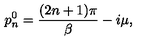
p _ { n } ^ { 0 } = \frac { ( 2 n + 1 ) \pi } { \beta } - i \mu ,